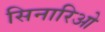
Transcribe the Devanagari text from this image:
सिनारिओ